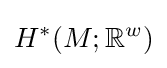
H^{*}(M;\mathbb {R} ^{w})